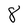
Character: 8